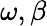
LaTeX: \omega,\beta